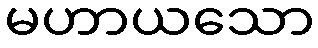
မဟာယသော